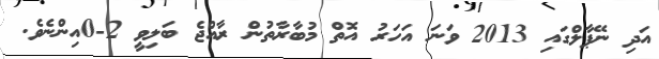
އަދި ނޭޕާލްގައި 2013 ވަނަ އަހަރު އޮތް މުބާރާތުން ރާއްޖެ ބަލިވީ 2-0އިންނެވެ.